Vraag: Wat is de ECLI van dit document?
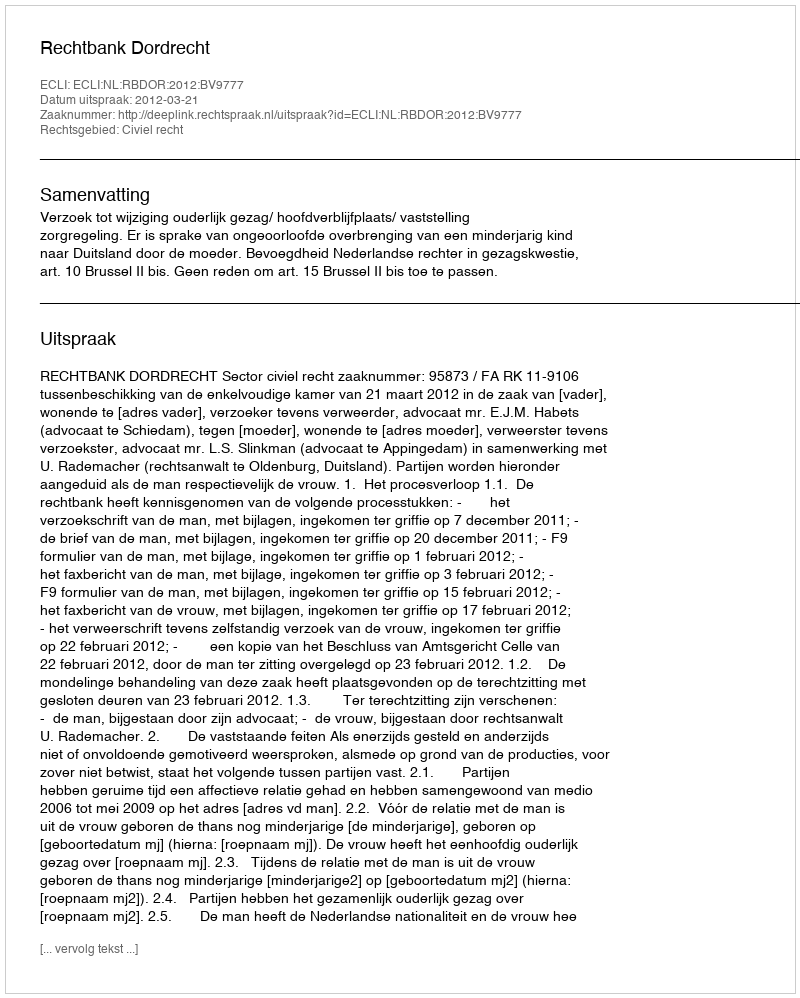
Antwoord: ECLI:NL:RBDOR:2012:BV9777